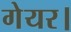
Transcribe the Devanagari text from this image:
गेयर।